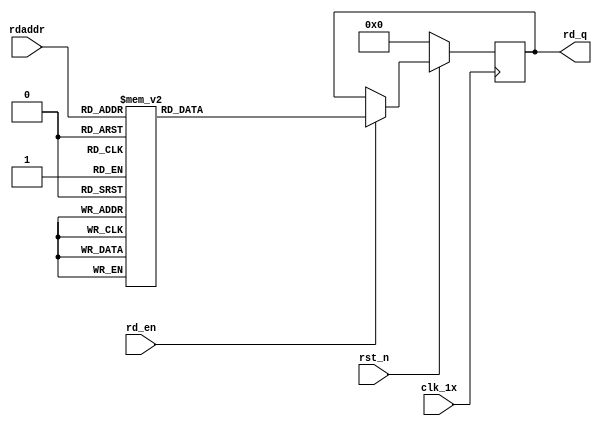

`timescale 1ns / 1ps
module F_normal_t10_next_Rom5(
input	          							clk_1x,
input	          							rst_n,
//////////////////////////////////////////////////////////////
input										rd_en,
input				[4:0]				rdaddr,
output		reg			[159:0]				rd_q
);

always @(posedge clk_1x)begin
	if(~rst_n)begin
		rd_q <= 160'b0;
	end
	else if(rd_en == 1'b1)begin
		case(rdaddr)
			5'h13: rd_q <= 160'b0111001111000011001101001000001011111100010011011101001000100111010101100101010110011011100001101010101010001010110101110011011000111101000010111110111001000010;
			5'h12: rd_q <= 160'b0111110101000001001101111111101100111100101110001110000100111010011011000000100110010111011100111010111110001001110010110101001111110011001000001010100011001100;
			5'h11: rd_q <= 160'b0101100101001101101011110010001110111111010011000000000010000100111000000000110110110100011000010000100010011010100011101011000101111000010001111110111001101011;
			5'h10: rd_q <= 160'b1010010001110100101010100000001010111010010000100001001011010010010001101011101100011001001001010000100110101111110101011010010001101100111111001110100111011001;
			5'h0f: rd_q <= 160'b0110001101000000110101100011000101110101111011101000100001011100100100111000111110110111011010011111110101101011011010101100110000010000111011110110011011111011;
			5'h0e: rd_q <= 160'b1111000110101001000100100101011011011000111100100110010011011111100001101010000011010111110001111010001000100101100001001101100000111100111010100000000001010010;
			5'h0d: rd_q <= 160'b1010000110000010001101011110110100011000001000100000000111111110010011000101101100110000100010001011010100110010100100001010011110000111011011111010000000100111;
			5'h0c: rd_q <= 160'b0111010000011010010101101001000110110000010100010100111101000001001001101001110011101100000000010110001111101011001011101111111111100110100001111010011101010010;
			5'h0b: rd_q <= 160'b1010000100000111100001101010100111011111010010101010001011010101110100101111101100001100101100110111001111110011010111100000110110100000101101011100110110000000;
			5'h0a: rd_q <= 160'b1000100100000111110110101001101100101001000110111100000101010101000101010011100011100101010110100100101110111111101001110110000110111010100100000001110111001011;
			5'h09: rd_q <= 160'b1000011011001101010101110011000001100010111001010110011111101110011001110111010010101011111000011000110011011111111001011000001001010001111100100001010000101011;
			5'h08: rd_q <= 160'b1110000001111000010001000111010001101001111111011111111001001110110011000100100101101111000100011111010101001101101110101101000010000100010011010000100000100000;
			5'h07: rd_q <= 160'b1010101100101111000100100001111010010100100111000101010011110100011111100001110011010000101011000101011100001010000011001000101010001010011110001100111100001111;
			5'h06: rd_q <= 160'b0011100001011001111110001110100101011011101100111111110001010000101100001101010100000101001011110101010011100011111110010011111111101011011000011110111010111110;
			5'h05: rd_q <= 160'b0101001110110100010000010100100100000011001001000101000100001001001010011101110001100001011011110110000000001110000100001001000000010001111100000110011100001101;
			5'h04: rd_q <= 160'b0000000101000000111110011111101101110010000000101010110101000110111001101010100000001000010111011100001010010001100101101011100011101111011111111001000100110111;
			5'h03: rd_q <= 160'b1010100011111011111111000110110101010110100001010011000010011111010001101011010001001101100011101110110100101111011110010101111001100011101000010101111001100110;
			5'h02: rd_q <= 160'b1010010110010110010100011110101111001111101010100101001011110101101100101001110001110100111000000100101110111011111110001111101111111100100010010110111000111001;
			5'h01: rd_q <= 160'b0000010111111011111011010000001100111100110010000000011100011010101001000011010000011000101110101111101001111100010000011111000101111001001010110110110101111110;
			5'h00: rd_q <= 160'b1001111011111100010100001100111110101001111001011110010011111110010000110101011110010001000011110111000100001010111100010000100010110011110010101101000110001011;
		default:rd_q <= 160'b0;
		endcase
	end
end

endmodule